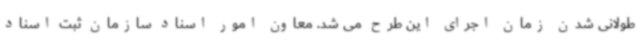
طولانی شدن زمان اجرای این طرح می شد. معاون امور اسناد سازمان ثبت اسناد